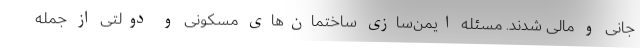
جانی و مالی شدند. مسئله ایمن‌سازی ساختمان‌های مسکونی و دولتی از جمله